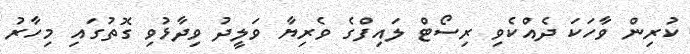
ކުރިން ވާހަކަ ދެއްކެވި ރިސޯޓް ލައިފްގެ ވެރިޔާ ވަލީދު ވިދާޅުވި ގޮތުގައި މިހާރު